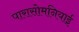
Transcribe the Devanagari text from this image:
पारासोमनियाई